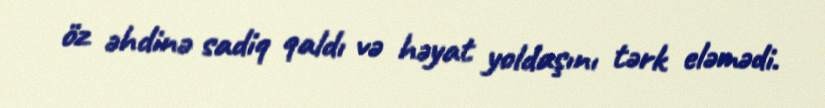
öz əhdinə sadiq qaldı və həyat yoldaşını tərk eləmədi.